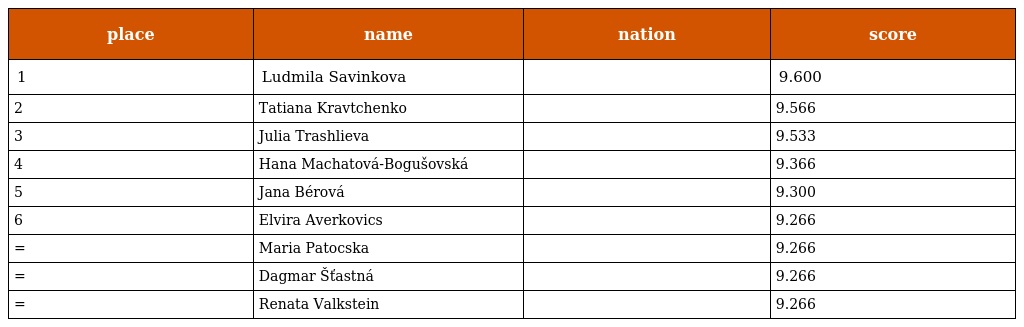
| place | name | nation | score |
 | --- | --- | --- | --- |
 | 1 | Ludmila Savinkova |  | 9.600 |
 | 2 | Tatiana Kravtchenko |  | 9.566 |
 | 3 | Julia Trashlieva |  | 9.533 |
 | 4 | Hana Machatová-Bogušovská |  | 9.366 |
 | 5 | Jana Bérová |  | 9.300 |
 | 6 | Elvira Averkovics |  | 9.266 |
 | = | Maria Patocska |  | 9.266 |
 | = | Dagmar Šťastná |  | 9.266 |
 | = | Renata Valkstein |  | 9.266 |